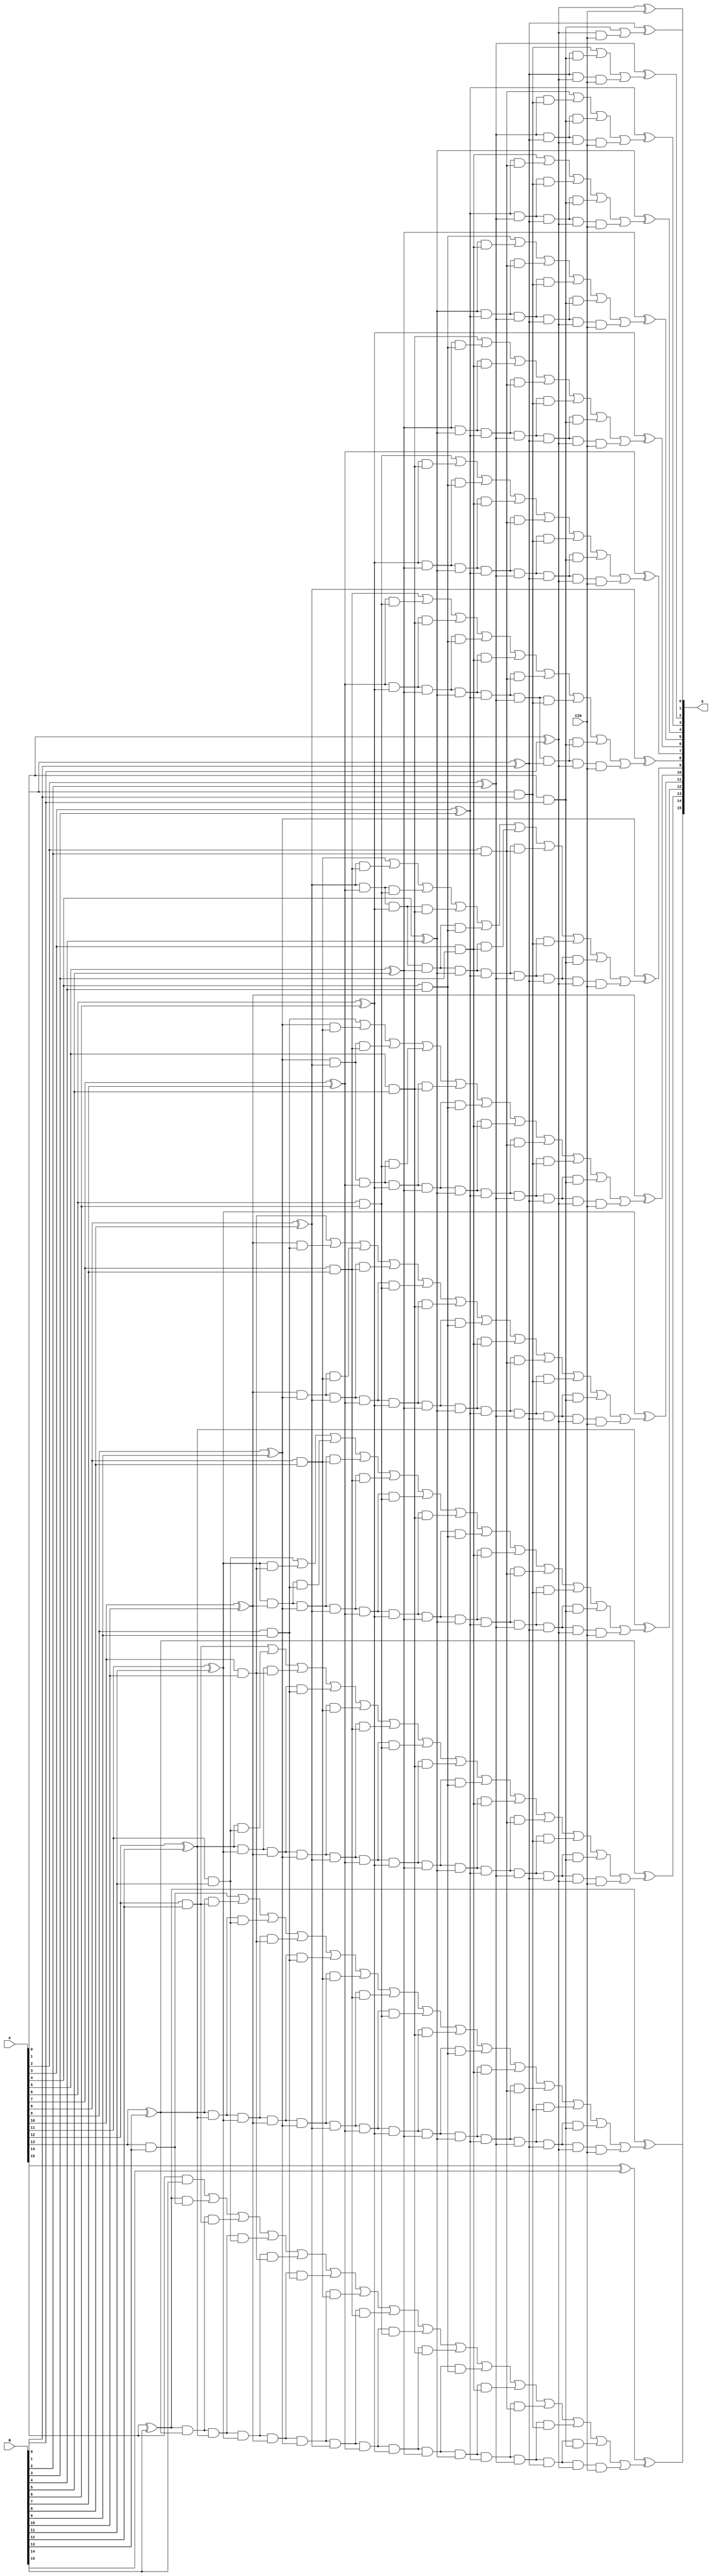
`timescale 1ns / 1ps
//////////////////////////////////////////////////////////////////////////////////
// Company: 
// Engineer: 
// 
// Design Name: 
// Module Name: mbledhesiCLA
// Project Name: 
// Target Devices: 
// Tool Versions: 
// Description: 
// 
// Dependencies: 
// 
// Revision:
// Revision 0.01 - File Created
// Additional Comments:
// 
//////////////////////////////////////////////////////////////////////////////////


// carry look ahead per program counter $$
module mbledhesiCLA(
    input [15:0] A,
    input [15:0] B,
    input CIN,
    output [15:0] S
    );
    
  //ngjajshem si nliber cla 4 bit shendrruar ne 16bit (faqe 420/421)
  
    wire g0, g1, g2, g3, g4, g5, g6, g7, g8, g9, g10, g11, g12, g13, g14, g15;
    wire p0, p1, p2, p3, p4, p5, p6, p7, p8, p9, p10, p11, p12, p13, p14, p15;
    wire c0, c1, c2, c3, c4, c5, c6, c7, c8, c9, c10, c11, c12, c13, c14;
    
      and (g0, A[0], B[0]), (g1, A[1], B[1]), (g2, A[2], B[2]), (g3, A[3], B[3]),
        (g4, A[4], B[4]), (g5, A[5], B[5]), (g6, A[6], B[6]), (g7, A[7], B[7]),
        (g8, A[8], B[8]), (g9, A[9], B[9]), (g10, A[10], B[10]), (g11, A[11], B[11]),
        (g12, A[12], B[12]), (g13, A[13], B[13]), (g14, A[14], B[14]), (g15, A[15], B[15]);

    xor (p0, A[0], B[0]), (p1, A[1], B[1]), (p2, A[2], B[2]), (p3, A[3], B[3]),
        (p4, A[4], B[4]), (p5, A[5], B[5]), (p6, A[6], B[6]), (p7, A[7], B[7]),
        (p8, A[8], B[8]), (p9, A[9], B[9]), (p10, A[10], B[10]), (p11, A[11], B[11]),
        (p12, A[12], B[12]), (p13, A[13], B[13]), (p14, A[14], B[14]), (p15, A[15], B[15]);

  
    xor (S[0], p0, CIN),
        (S[1], p1, c0),
        (S[2], p2, c1),
        (S[3], p3, c2),
        (S[4], p4, c3),
        (S[5], p5, c4),
        (S[6], p6, c5),
        (S[7], p7, c6),
        (S[8], p8, c7),
        (S[9], p9, c8),
        (S[10], p10, c9),
        (S[11], p11, c10),
        (S[12], p12, c11),
        (S[13], p13, c12),
        (S[14], p14, c13),
        (S[15], p15, c14);

   
assign c0 = g0 | (p0 & CIN),
       c1 = g1 | (p1 & g0) | (p1 & p0 & CIN),
       c2 = g2 | (p2 & g1) | (p2 & p1 & g0) | (p2 & p1 & p0 & CIN),
       c3 = g3 | (p3 & g2) | (p3 & p2 & g1) | (p3 & p2 & p1 & g0) | (p3 & p2 & p1 & p0 & CIN),
       c4 = g4 | (p4 & g3) | (p4 & p3 & g2) | (p4 & p3 & p2 & g1) | (p4 & p3 & p2 & p1 & g0) | (p4 & p3 & p2 & p1 & p0 & CIN),
       c5 = g5 | (p5 & g4) | (p5 & p4 & g3) | (p5 & p4 & p3 & g2) | (p5 & p4 & p3 & p2 & g1) | (p5 & p4 & p3 & p2 & p1 & g0) | (p5 & p4 & p3 & p2 & p1 & p0 & CIN),
       c6 = g6 | (p6 & g5) | (p6 & p5 & g4) | (p6 & p5 & p4 & g3) | (p6 & p5 & p4 & p3 & g2) | (p6 & p5 & p4 & p3 & p2 & g1) | (p6 & p5 & p4 & p3 & p2 & p1 & g0) | (p6 & p5 & p4 & p3 & p2 & p1 & p0 & CIN),
       c7 = g7 | (p7 & g6) | (p7 & p6 & g5) | (p7 & p6 & p5 & g4) | (p7 & p6 & p5 & p4 & g3) | (p7 & p6 & p5 & p4 & p3 & g2) | (p7 & p6 & p5 & p4 & p3 & p2 & g1) | (p7 & p6 & p5 & p4 & p3 & p2 & p1 & g0) | (p7 & p6 & p5 & p4 & p3 & p2 & p1 & p0 & CIN),
       c8 = g8 | (p8 & g7) | (p8 & p7 & g6) | (p8 & p7 & p6 & g5) | (p8 & p7 & p6 & p5 & g4) | (p8 & p7 & p6 & p5 & p4 & g3) | (p8 & p7 & p6 & p5 & p4 & p3 & g2) | (p8 & p7 & p6 & p5 & p4 & p3 & p2 & g1) | (p8 & p7 & p6 & p5 & p4 & p3 & p2 & p1 & g0) | (p8 & p7 & p6 & p5 & p4 & p3 & p2 & p1 & p0 & CIN),
       c9 = g9 | (p9 & g8) | (p9 & p8 & g7) | (p9 & p8 & p7 & g6) | (p9 & p8 & p7 & p6 & g5) | (p9 & p8 & p7 & p6 & p5 & g4) | (p9 & p8 & p7 & p6 & p5 & p4 & g3) | (p9 & p8 & p7 & p6 & p5 & p4 & p3 & g2) | (p9 & p8 & p7 & p6 & p5 & p4 & p3 & p2 & g1) | (p9 & p8 & p7 & p6 & p5 & p4 & p3 & p2 & p1 & g0) | (p9 & p8 & p7 & p6 & p5 & p4 & p3 & p2 & p1 & p0 & CIN),
       c10 = g10 | (p10 & g9) | (p10 & p9 & g8) | (p10 & p9 & p8 & g7) | (p10 & p9 & p8 & p7 & g6) | (p10 & p9 & p8 & p7 & p6 & g5) | (p10 & p9 & p8 & p7 & p6 & p5 & g4) | (p10 & p9 & p8 & p7 & p6 & p5 & p4 & g3) | (p10 & p9 & p8 & p7 & p6 & p5 & p4 & p3 & g2) | (p10 & p9 & p8 & p7 & p6 & p5 & p4 & p3 & p2 & g1) | (p10 & p9 & p8 & p7 & p6 & p5 & p4 & p3 & p2 & p1 & g0) | (p10 & p9 & p8 & p7 & p6 & p5 & p4 & p3 & p2 & p1 & p0 & CIN),
       c11 = g11 | (p11 & g10) | (p11 & p10 & g9) | (p11 & p10 & p9 & g8) | (p11 & p10 & p9 & p8 & g7) | (p11 & p10 & p9 & p8 & p7 & g6) | (p11 & p10 & p9 & p8 & p7 & p6 & g5) | (p11 & p10 & p9 & p8 & p7 & p6 & p5 & g4) | (p11 & p10 & p9 & p8 & p7 & p6 & p5 & p4 & g3) | (p11 & p10 & p9 & p8 & p7 & p6 & p5 & p4 & p3 & g2) | (p11 & p10 & p9 & p8 & p7 & p6 & p5 & p4 & p3 & p2 & g1) | (p11 & p10 & p9 & p8 & p7 & p6 & p5 & p4 & p3 & p2 & p1 & g0) | (p11 & p10 & p9 & p8 & p7 & p6 & p5 & p4 & p3 & p2 & p1 & p0 & CIN),
       c12 = g12 | (p12 & g11) | (p12 & p11 & g10) | (p12 & p11 & p10 & g9) | (p12 & p11 & p10 & p9 & g8) | (p12 & p11 & p10 & p9 & p8 & g7) | (p12 & p11 & p10 & p9 & p8 & p7 & g6) | (p12 & p11 & p10 & p9 & p8 & p7 & p6 & g5) | (p12 & p11 & p10 & p9 & p8 & p7 & p6 & p5 & g4) | (p12 & p11 & p10 & p9 & p8 & p7 & p6 & p5 & p4 & g3) | (p12 & p11 & p10 & p9 & p8 & p7 & p6 & p5 & p4 & p3 & g2) | (p12 & p11 & p10 & p9 & p8 & p7 & p6 & p5 & p4 & p3 & p2 & g1) | (p12 & p11 & p10 & p9 & p8 & p7 & p6 & p5 & p4 & p3 & p2 & p1 & g0) | (p12 & p11 & p10 & p9 & p8 & p7 & p6 & p5 & p4 & p3 & p2 & p1 & p0 & CIN),
       c13 = g13 | (p13 & g12) | (p13 & p12 & g11) | (p13 & p12 & p11 & g10) | (p13 & p12 & p11 & p10 & g9) | (p13 & p12 & p11 & p10 & p9 & g8) | (p13 & p12 & p11 & p10 & p9 & p8 & g7) | (p13 & p12 & p11 & p10 & p9 & p8 & p7 & g6) | (p13 & p12 & p11 & p10 & p9 & p8 & p7 & p6 & g5) | (p13 & p12 & p11 & p10 & p9 & p8 & p7 & p6 & p5 & g4) | (p13 & p12 & p11 & p10 & p9 & p8 & p7 & p6 & p5 & p4 & g3) | (p13 & p12 & p11 & p10 & p9 & p8 & p7 & p6 & p5 & p4 & p3 & g2) | (p13 & p12 & p11 & p10 & p9 & p8 & p7 & p6 & p5 & p4 & p3 & p2 & g1) | (p13 & p12 & p11 & p10 & p9 & p8 & p7 & p6 & p5 & p4 & p3 & p2 & p1 & g0) | (p13 & p12 & p11 & p10 & p9 & p8 & p7 & p6 & p5 & p4 & p3 & p2 & p1 & p0 & CIN),
       c14 = g14 | (p14 & g13) | (p14 & p13 & g12) | (p14 & p13 & p12 & g11) | (p14 & p13 & p12 & p11 & g10) | (p14 & p13 & p12 & p11 & p10 & g9) | (p14 & p13 & p12 & p11 & p10 & p9 & g8) | (p14 & p13 & p12 & p11 & p10 & p9 & p8 & g7) | (p14 & p13 & p12 & p11 & p10 & p9 & p8 & p7 & g6) | (p14 & p13 & p12 & p11 & p10 & p9 & p8 & p7 & p6 & g5) | (p14 & p13 & p12 & p11 & p10 & p9 & p8 & p7 & p6 & p5 & g4) | (p14 & p13 & p12 & p11 & p10 & p9 & p8 & p7 & p6 & p5 & p4 & g3) | (p14 & p13 & p12 & p11 & p10 & p9 & p8 & p7 & p6 & p5 & p4 & p3 & g2) | (p14 & p13 & p12 & p11 & p10 & p9 & p8 & p7 & p6 & p5 & p4 & p3 & p2 & g1) | (p14 & p13 & p12 & p11 & p10 & p9 & p8 & p7 & p6 & p5 & p4 & p3 & p2 & p1 & g0) | (p14 & p13 & p12 & p11 & p10 & p9 & p8 & p7 & p6 & p5 & p4 & p3 & p2 & p1 & p0 & CIN);

    
endmodule